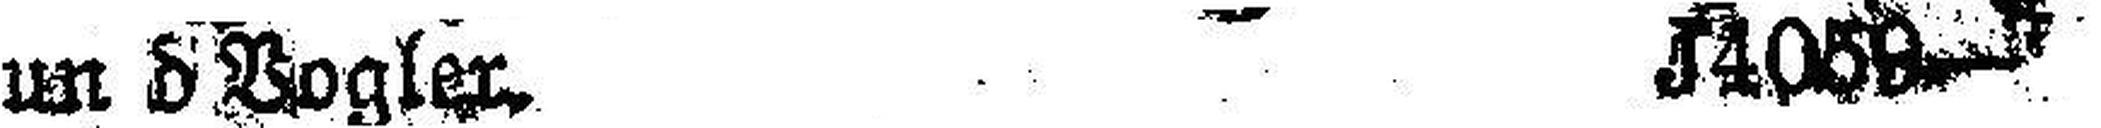
un d'Vogler. 34059